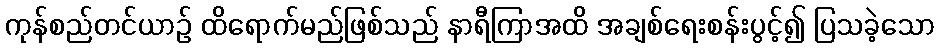
ကုန်စည်တင်ယာဉ် ထိရောက်မည်ဖြစ်သည် နာရီကြာအထိ အချစ်ရေးစန်းပွင့်၍ ပြသခဲ့သော